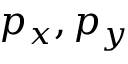
p _ { x } , p _ { y }